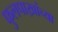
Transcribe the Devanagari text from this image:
फुलपाख्रांच्या